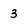
Character: 3